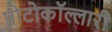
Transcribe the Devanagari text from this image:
प्रोटोकॉल्लारी